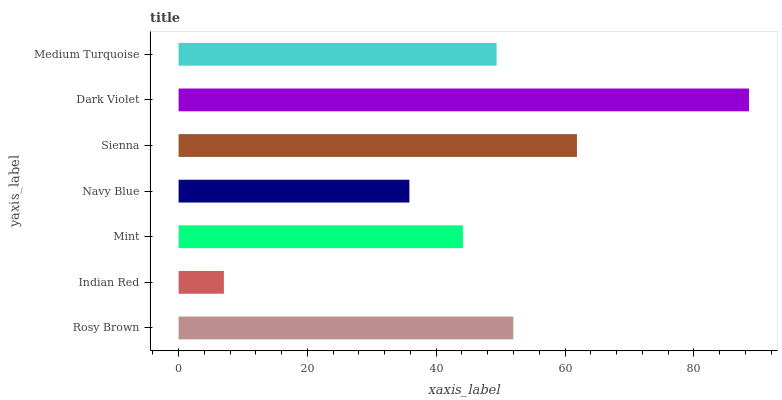
| yaxis_label | bars |
 | --- | --- |
 | Rosy Brown | 52 |
 | Indian Red | 7.03 |
 | Mint | 44.1 |
 | Navy Blue | 35.8 |
 | Sienna | 61.9 |
 | Dark Violet | 88.6 |
 | Medium Turquoise | 49.4 |